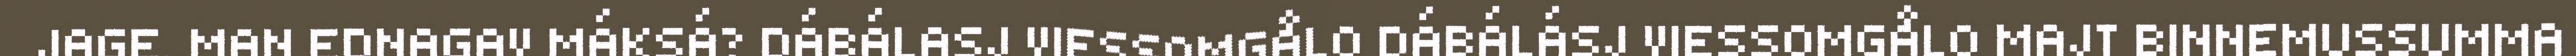
JAGE. MAN EDNAGAV MÁKSÁ? DÁBÁLASJ VIESSOMGÅLO DÁBÁLÁSJ VIESSOMGÅLO MAJT BINNEMUSSUMMA